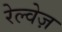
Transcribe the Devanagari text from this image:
रेल्वेज़